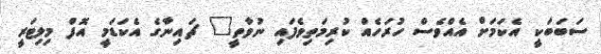
ސަބަބަކީ އެކަމަށް އެއްވެސް ހުރަހެއް ކުރިމަތިވެފައި ނުވާތީ" ޗައިނާގެ އެކަޑަމީ އޮފް މިލިޓަރީ